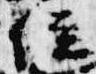
位